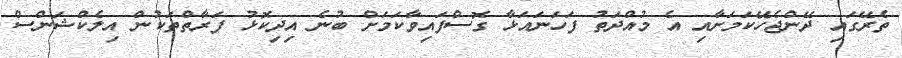
ތެރޭގައި ދޭންޖެހޭކަމަށާއި އެ މުއްދަތު ފަހަނައަޅާ ގޮސްފައިވާކަމަށް ބުނެ އިދިކޮޅު ފަރާތްތަކުން އިލެކްޝަންސް